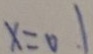
x = 0 . 1